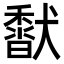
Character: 𩡍